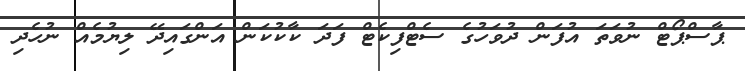
ޕާސްޕޯޓް ނުވަތަ އުފަން ދުވަހުގެ ސެޓްފިކެޓް ފަދަ ކާކުކަން އަންގައިދޭ ލިޔުމެއް ނުހެދި